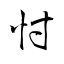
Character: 忖